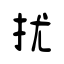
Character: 扰